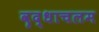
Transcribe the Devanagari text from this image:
वृद्धाचलम